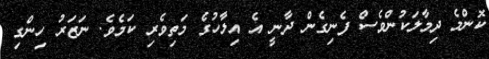
ކޮންމެ ދިމާލަކުންވެސް ފެނިގެން ދާނީ އެ އިލާހުގެ މަތިވެރި ކަމެވެ. ނަޒަރު ހިންގި